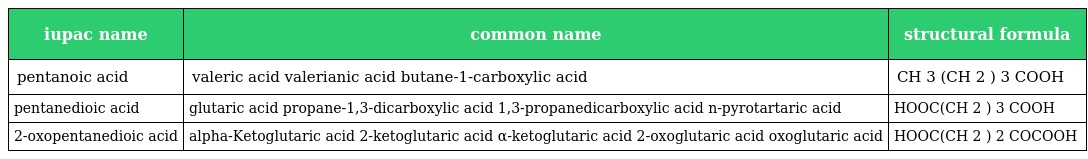
| iupac name | common name | structural formula |
 | --- | --- | --- |
 | pentanoic acid | valeric acid valerianic acid butane-1-carboxylic acid | CH 3 (CH 2 ) 3 COOH |
 | pentanedioic acid | glutaric acid propane-1,3-dicarboxylic acid 1,3-propanedicarboxylic acid n-pyrotartaric acid | HOOC(CH 2 ) 3 COOH |
 | 2-oxopentanedioic acid | alpha-Ketoglutaric acid 2-ketoglutaric acid α-ketoglutaric acid 2-oxoglutaric acid oxoglutaric acid | HOOC(CH 2 ) 2 COCOOH |